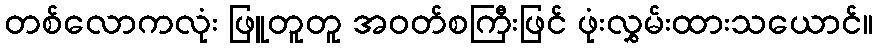
တစ်လောကလုံး ဖြူတူတူ အဝတ်စကြီးဖြင် ဖုံးလွှမ်းထားသယောင်။